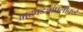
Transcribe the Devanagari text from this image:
आठवड्यांपलीकडे